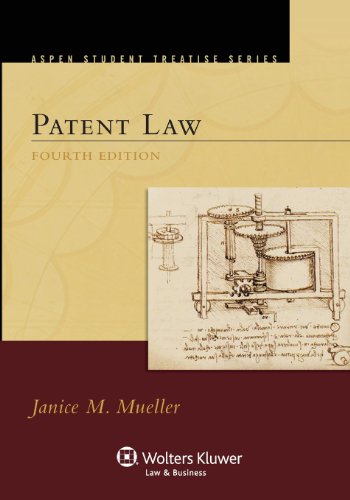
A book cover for Patent Law, Fourth Edition (Aspen Treatise); Janice M. Mueller; Law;